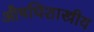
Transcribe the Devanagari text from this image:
औषधिशास्त्रीय